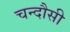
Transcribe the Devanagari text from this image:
चन्‍दौसी